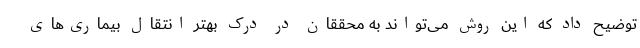
توضیح داد که این روش می‌تواند به محققان در درک بهتر انتقال بیماری‌های